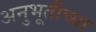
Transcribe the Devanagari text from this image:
अनुभूतीच्या